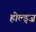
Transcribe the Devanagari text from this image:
होल्ड्ज़